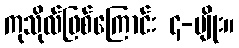
ကုသိုလ်ဖြစ်ကြောင်း ၄-မျိုး။